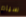
سيام